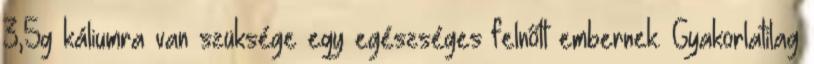
3,5g káliumra van szüksége egy egészséges felnőtt embernek. Gyakorlatilag